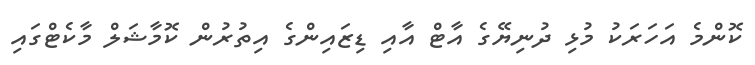
ކޮންމެ އަހަރަކު މުޅި ދުނިޔޭގެ އާޓް އާއި ޑިޒައިންގެ އިތުރުން ކޮމާޝަލް މާކެޓްގައި